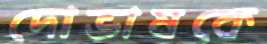
দোভাষকে